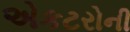
એકટરોની